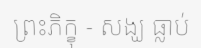
ព្រះភិក្ខុ - សង្ឃ ធ្លាប់